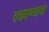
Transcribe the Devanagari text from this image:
चकवण्याचा